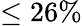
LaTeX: \leq 26\%